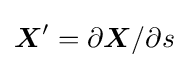
{\boldsymbol {X}}'=\partial {\boldsymbol {X}}/\partial s